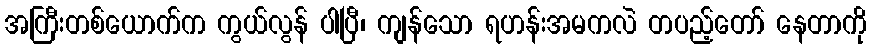
အကြီးတစ်ယောက်က ကွယ်လွန် ပါပြီ၊ ကျန်သော ရဟန်းအမကလဲ တပည့်တော် နေတာကို